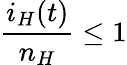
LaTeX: \frac{i_{H}(t)}{n_{H}}\leq 1